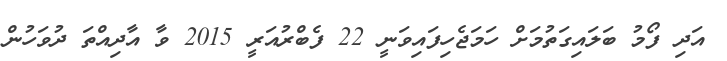
އަދި ފޯމު ބަލައިގަތުމަށް ހަމަޖެހިފައިވަނީ 22 ފެބްރުއަރީ 2015 ވާ އާދިއްތަ ދުވަހުން